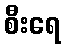
စီးရေ